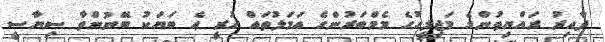
ދާއިރު ރައްޔިތުންގެ މަޖިލީހުގެ މެމްބަރުންގެ އަމަލުތައް ހުރީ އެ ބަޔަކު ބޭނުންވާ ސިޔާސީ